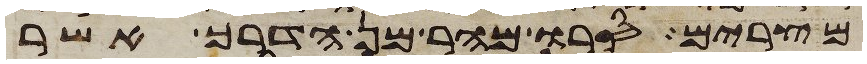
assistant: מצרים סרו מהר מן הדרך אשר